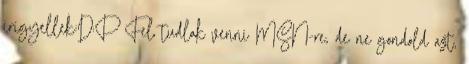
irigyellek:D:P Fel tudlak venni MSN-re, de ne gondold azt,